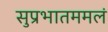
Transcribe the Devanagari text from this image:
सुप्रभातममलं